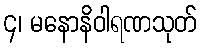
၄၊ မနောနိဝါရဏသုတ်